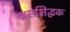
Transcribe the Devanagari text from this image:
दाससिद्धक